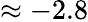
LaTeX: \approx-2.8